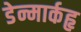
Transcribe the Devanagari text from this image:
डेन्मार्कहृ